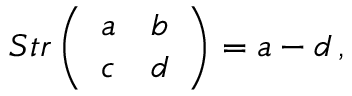
S t r \left( \begin{array} { c c } { { a } } & { { b } } \\ { { c } } & { { d } } \end{array} \right) = a - d \, ,